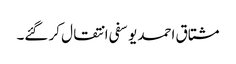
مشتاق احمد یوسفی انتقال کر گئے۔